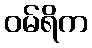
ဝမ်ရိက